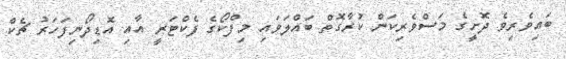
ބައިވެރިވެ ދޮށީގެ މަސްވެރިކަން ކުރާގޮތް ބައްލަވައި މިފްކޯގެ ފެކްޓަރީ އާއި އޮޑިދޯނިފަހަރު ޗެކް